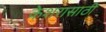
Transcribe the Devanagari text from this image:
केशरासाठी